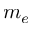
m _ { e }